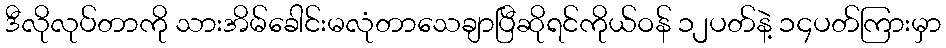
ဒီလိုလုပ်တာကို သားအိမ်ခေါင်းမလုံတာသေချာပြီဆိုရင်ကိုယ်ဝန် ၁၂ပတ်နဲ့ ၁၄ပတ်ကြားမှာ